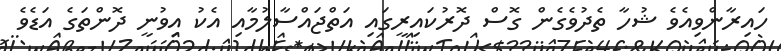
ހައިރާންވިއެވެ ޝުހާ ތެދުވެގެން ގޮސް ދޮރުކައިރީގައި އަތްޖައްސާލުމާއި އެކު އިވުނީ ދޮންތަގެ އަޑެވެ